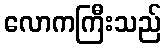
လောကကြီးသည်